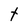
Character: t